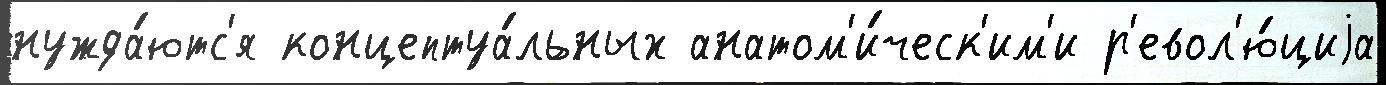
нужда́ютс'я концептуа́льных анатом'и́ческ'им'и р'евол'ю́циjа